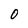
Character: O